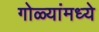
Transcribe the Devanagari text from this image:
गोळ्यांमध्ये